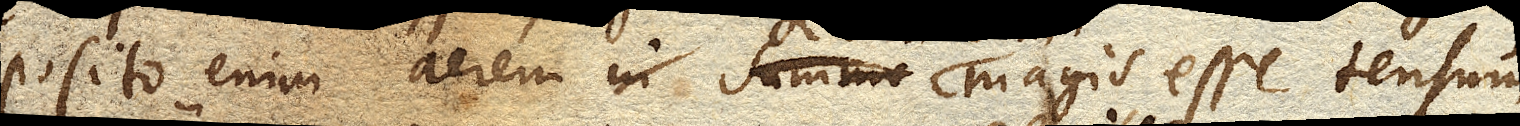
Posito enim aerem in summo magis esse tensum